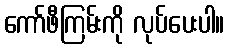
ကော်ဖီကြမ်းကို လုပ်ပေးပါ။